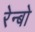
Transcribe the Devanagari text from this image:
रेन्‍बो